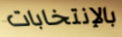
بالإنتخابات